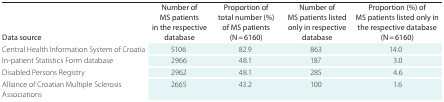
<table><thead><tr><td><b>Data source</b></td><td><b>Number of MS patients in the respective database</b></td><td><b>Proportion of total number (%) of MS patients (N = 6160)</b></td><td><b>Number of MS patients listed only in respective database</b></td><td><b>Proportion (%) of MS patients listed only in the respective database (N = 6160)</b></td></tr></thead><tbody><tr><td>Central Health Information System of Croatia</td><td>5106</td><td>82.9</td><td>863</td><td>14.0</td></tr><tr><td>In-patient Statistics Form database</td><td>2966</td><td>48.1</td><td>187</td><td>3.0</td></tr><tr><td>Disabled Persons Registry</td><td>2962</td><td>48.1</td><td>285</td><td>4.6</td></tr><tr><td>Alliance of Croatian Multiple Sclerosis Associations</td><td>2665</td><td>43.2</td><td>100</td><td>1.6</td></tr></tbody></table>